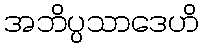
အဘိပ္ပသာဒေဟိ